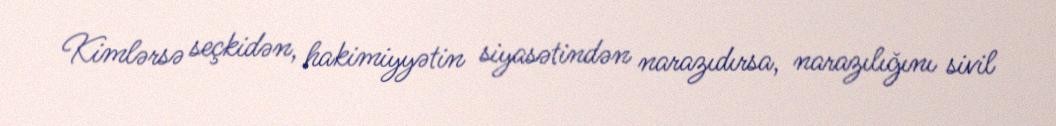
Kimlərsə seçkidən, hakimiyyətin siyasətindən narazıdırsa, narazılığını sivil